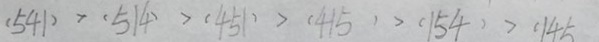
( 5 4 1 ) > ( 5 1 4 ) > ( 4 5 1 ) > ( 4 1 5 ) > ( 1 5 4 ) > ( 1 4 5 )